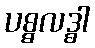
ပစ္စလဒ္ဓါ